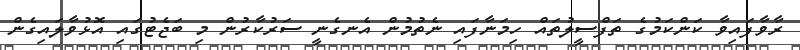
ރާވާފައިވާ ކަންކަމުގެ ތަފްސީލުތައް ހިމަނާފައި ނެތުމުން އެނގެނީ ސަރުކާރުން މި ބަޖެޓުގައި އޮޅުވާލައިގެން